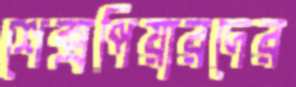
শেক্সপিয়ারদের